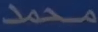
محمد